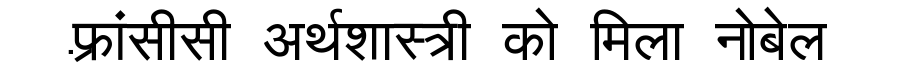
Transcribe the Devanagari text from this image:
फ़्रांसीसी अर्थशास्त्री को मिला नोबेल